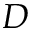
D